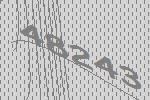
48243